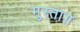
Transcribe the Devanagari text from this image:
मुस्ताग़